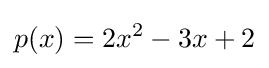
p(x)=2x^{2}-3x+2